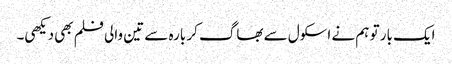
ایک بار تو ہم نے اسکول سے بھاگ کر بارہ سے تین والی فلم بھی دیکھی۔